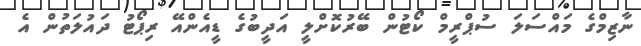
ނާޒިމްގެ މައްސަލަ ސުޕްރީމް ކޯޓުން ބޭރުކޮށްލީ އަދީބުގެ ޑީއެންއޭ ރިޕޯޓު ދައުލަތުން އެ